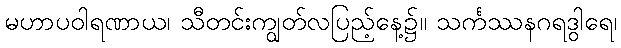
မဟာပဝါရဏာယ၊ သီတင်းကျွတ်လပြည့်နေ့၌။ သင်္ကဿနဂရဒွါရေ၊